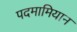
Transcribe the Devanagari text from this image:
पदमामियान